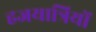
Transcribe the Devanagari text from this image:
हजयात्रियों